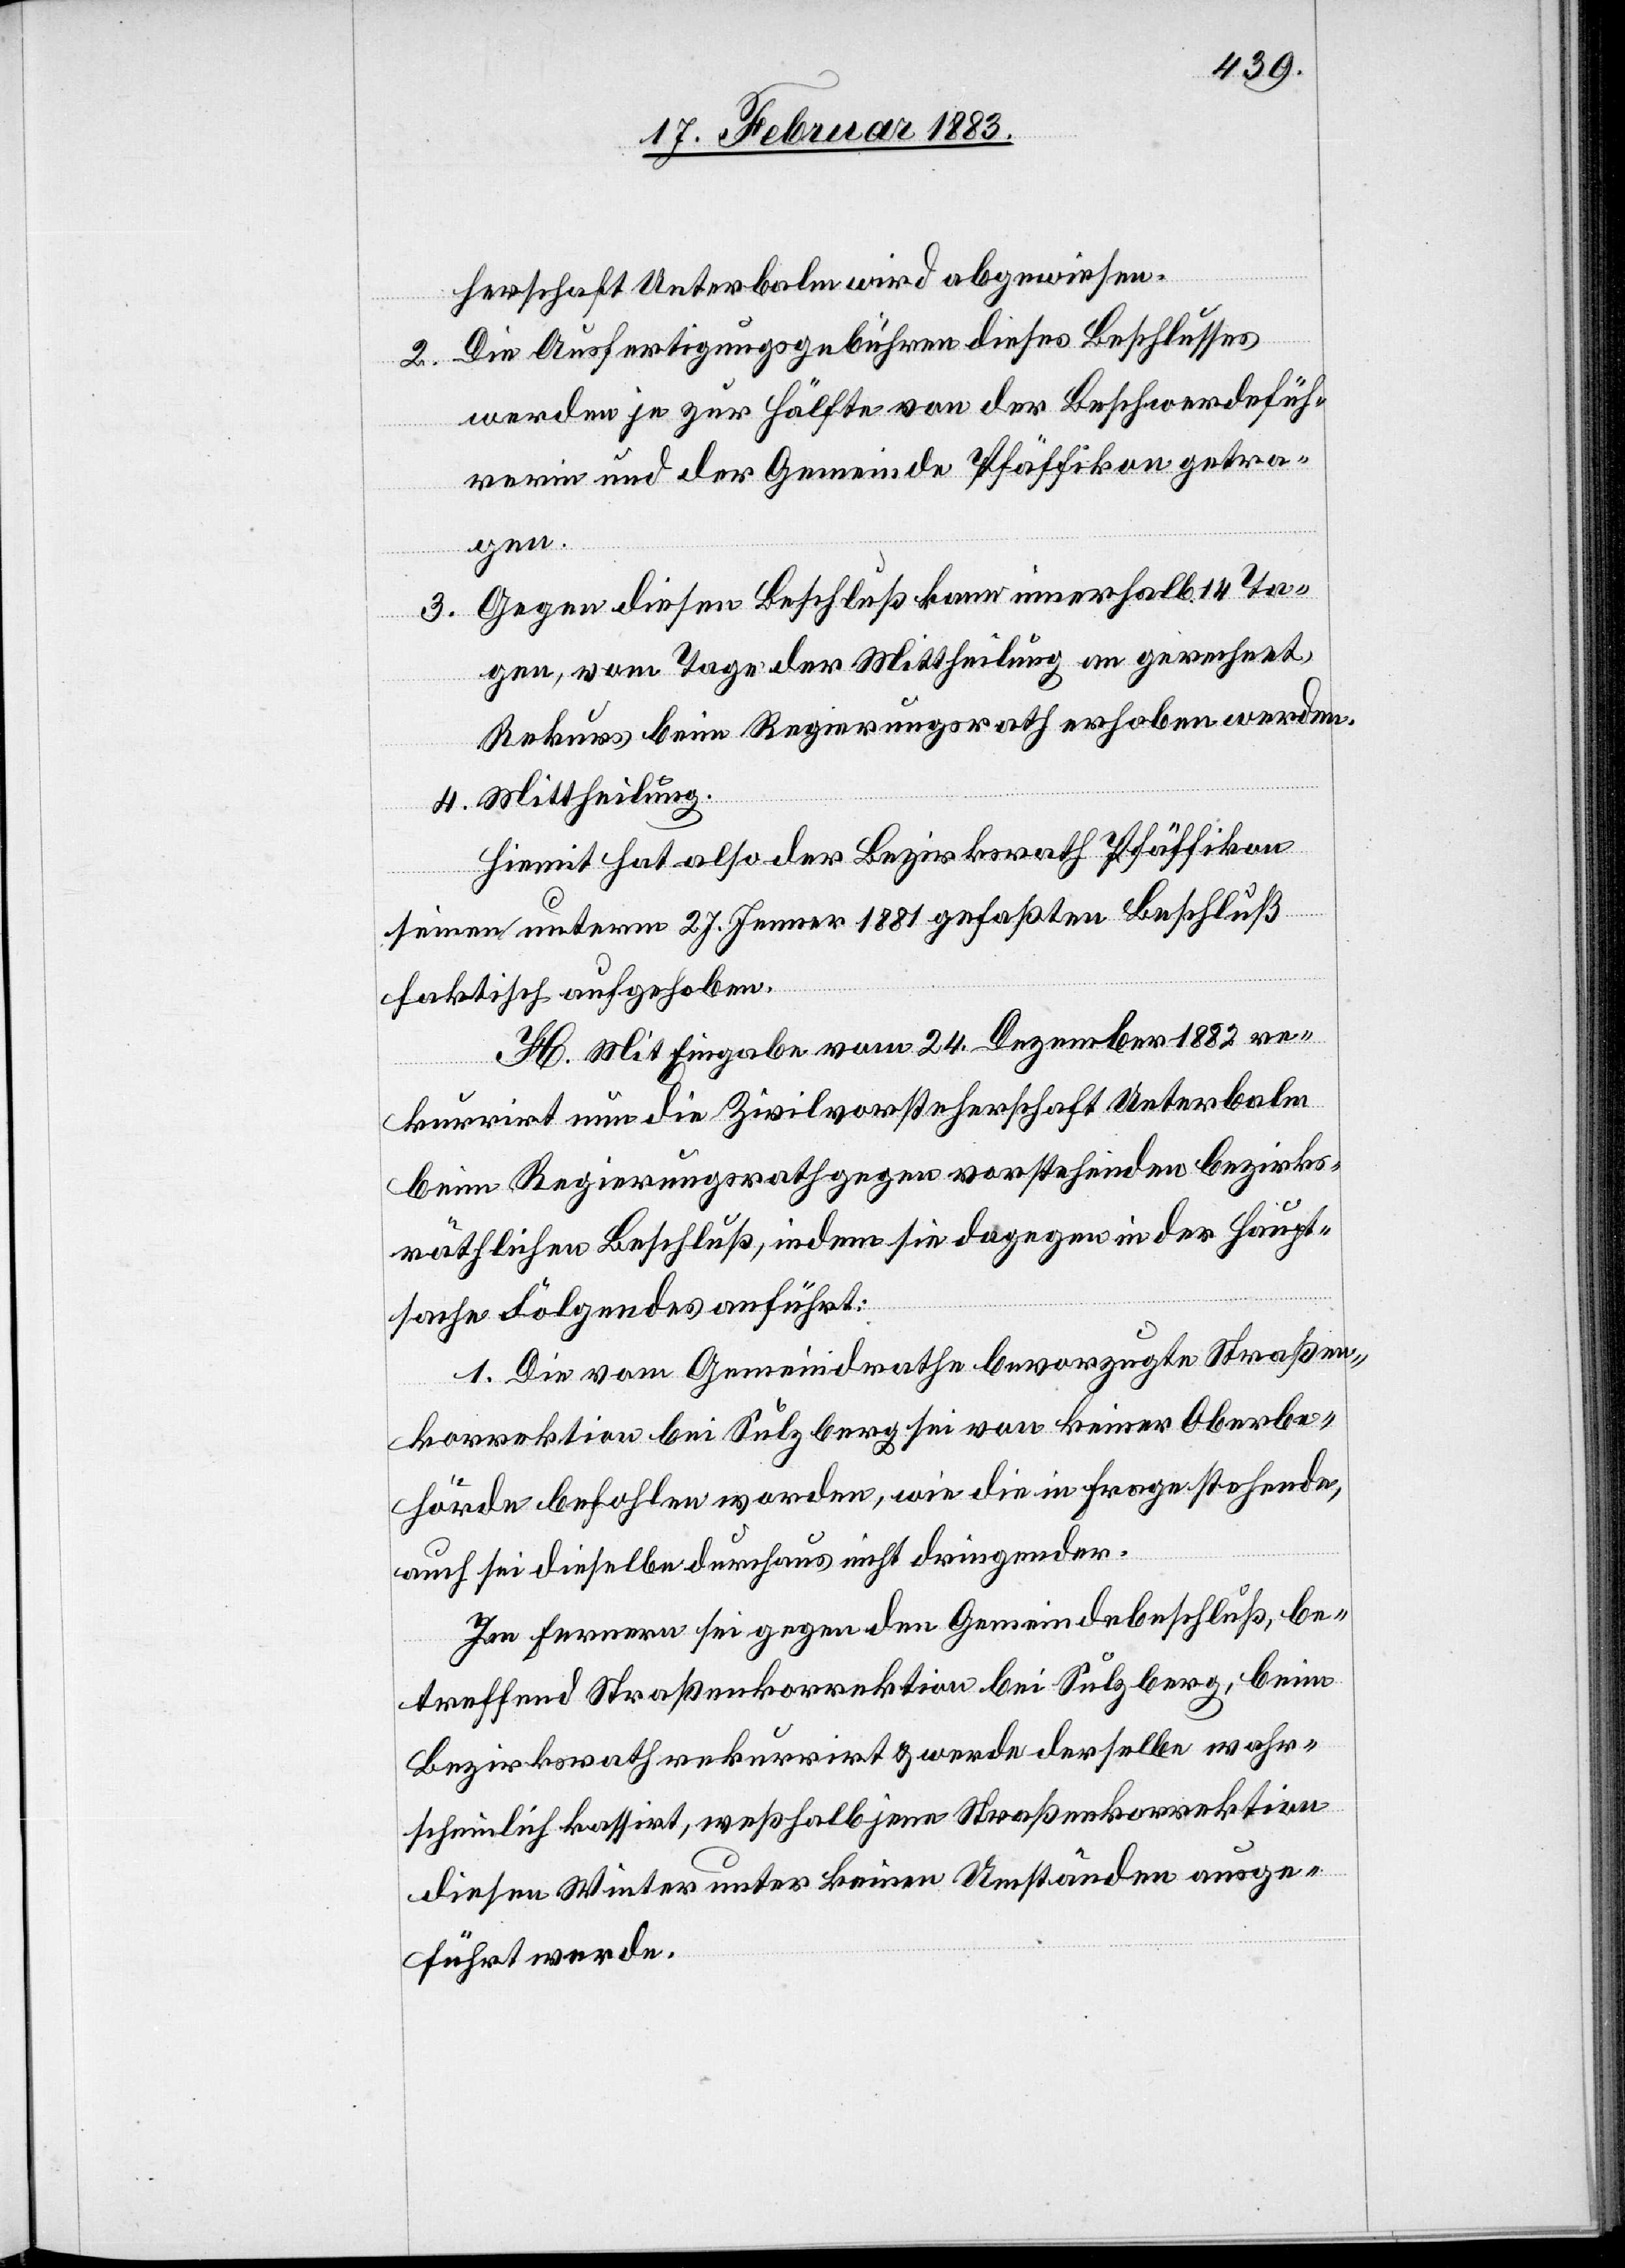
herschaft Unterbalm wird abgewiesen.
2. Die Ausfertigungsgebühren dieses Beschlusses
werden je zur Hälfte von der Beschwerdefüh¬
rerin und der Gemeinde Pfäffikon getra¬
gen.
3. Gegen diesen Beschluß kann innerhalb 14 Ta¬
gen, vom Tage der Mittheilung an gerechnet,
Rekurs beim Regierungsrath erhoben werden.
4. Mittheilung.
Hiemit hat also der Bezirksrath Pfäffikon
seinen unterm 27. Jenner 1881 gefaßten Beschluß
faktisch aufgehoben.
H. Mit Eingabe vom 24. Dezember 1882 re¬
kurrirt nun die Zivilvorsteherschaft Unterbalm
beim Regierungsrath gegen vorstehenden bezirks¬
räthlichen Beschluß, indem sie dagegen in der Haupt¬
sache Folgendes anführt:
1. Die vom Gemeindrathe bevorzugte Straßen¬
korrektion bei Sulzberg sei von keiner Oberbe¬
hörde befohlen worden, wie die in Frage stehende,
auch sei dieselbe durchaus nicht dringender.
Im Fernern sei gegen den Gemeindebeschluß, be¬
treffend Straßenkorrektion bei Sulzberg, beim
Bezirksrath rekurrirt & werde derselbe wahr¬
scheinlich kassirt, weßhalb jene Straßenkorrektion
diesen Winter unter keinen Umständen ausge¬
führt werde.